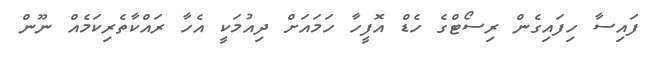
ފައިސާ ހިފައިގެން ރިސޯޓްގެ ހެޑް އޮފީހާ ހަމައަށް ދިއުމަކީ އެހާ ރައްކާތެރިކަމެއް ނޫން